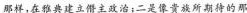
那样，在雅典建立僭主政治；二是像贵族所期待的那